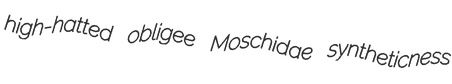
high-hatted obligee Moschidae syntheticness